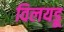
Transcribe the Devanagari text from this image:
विलयडू